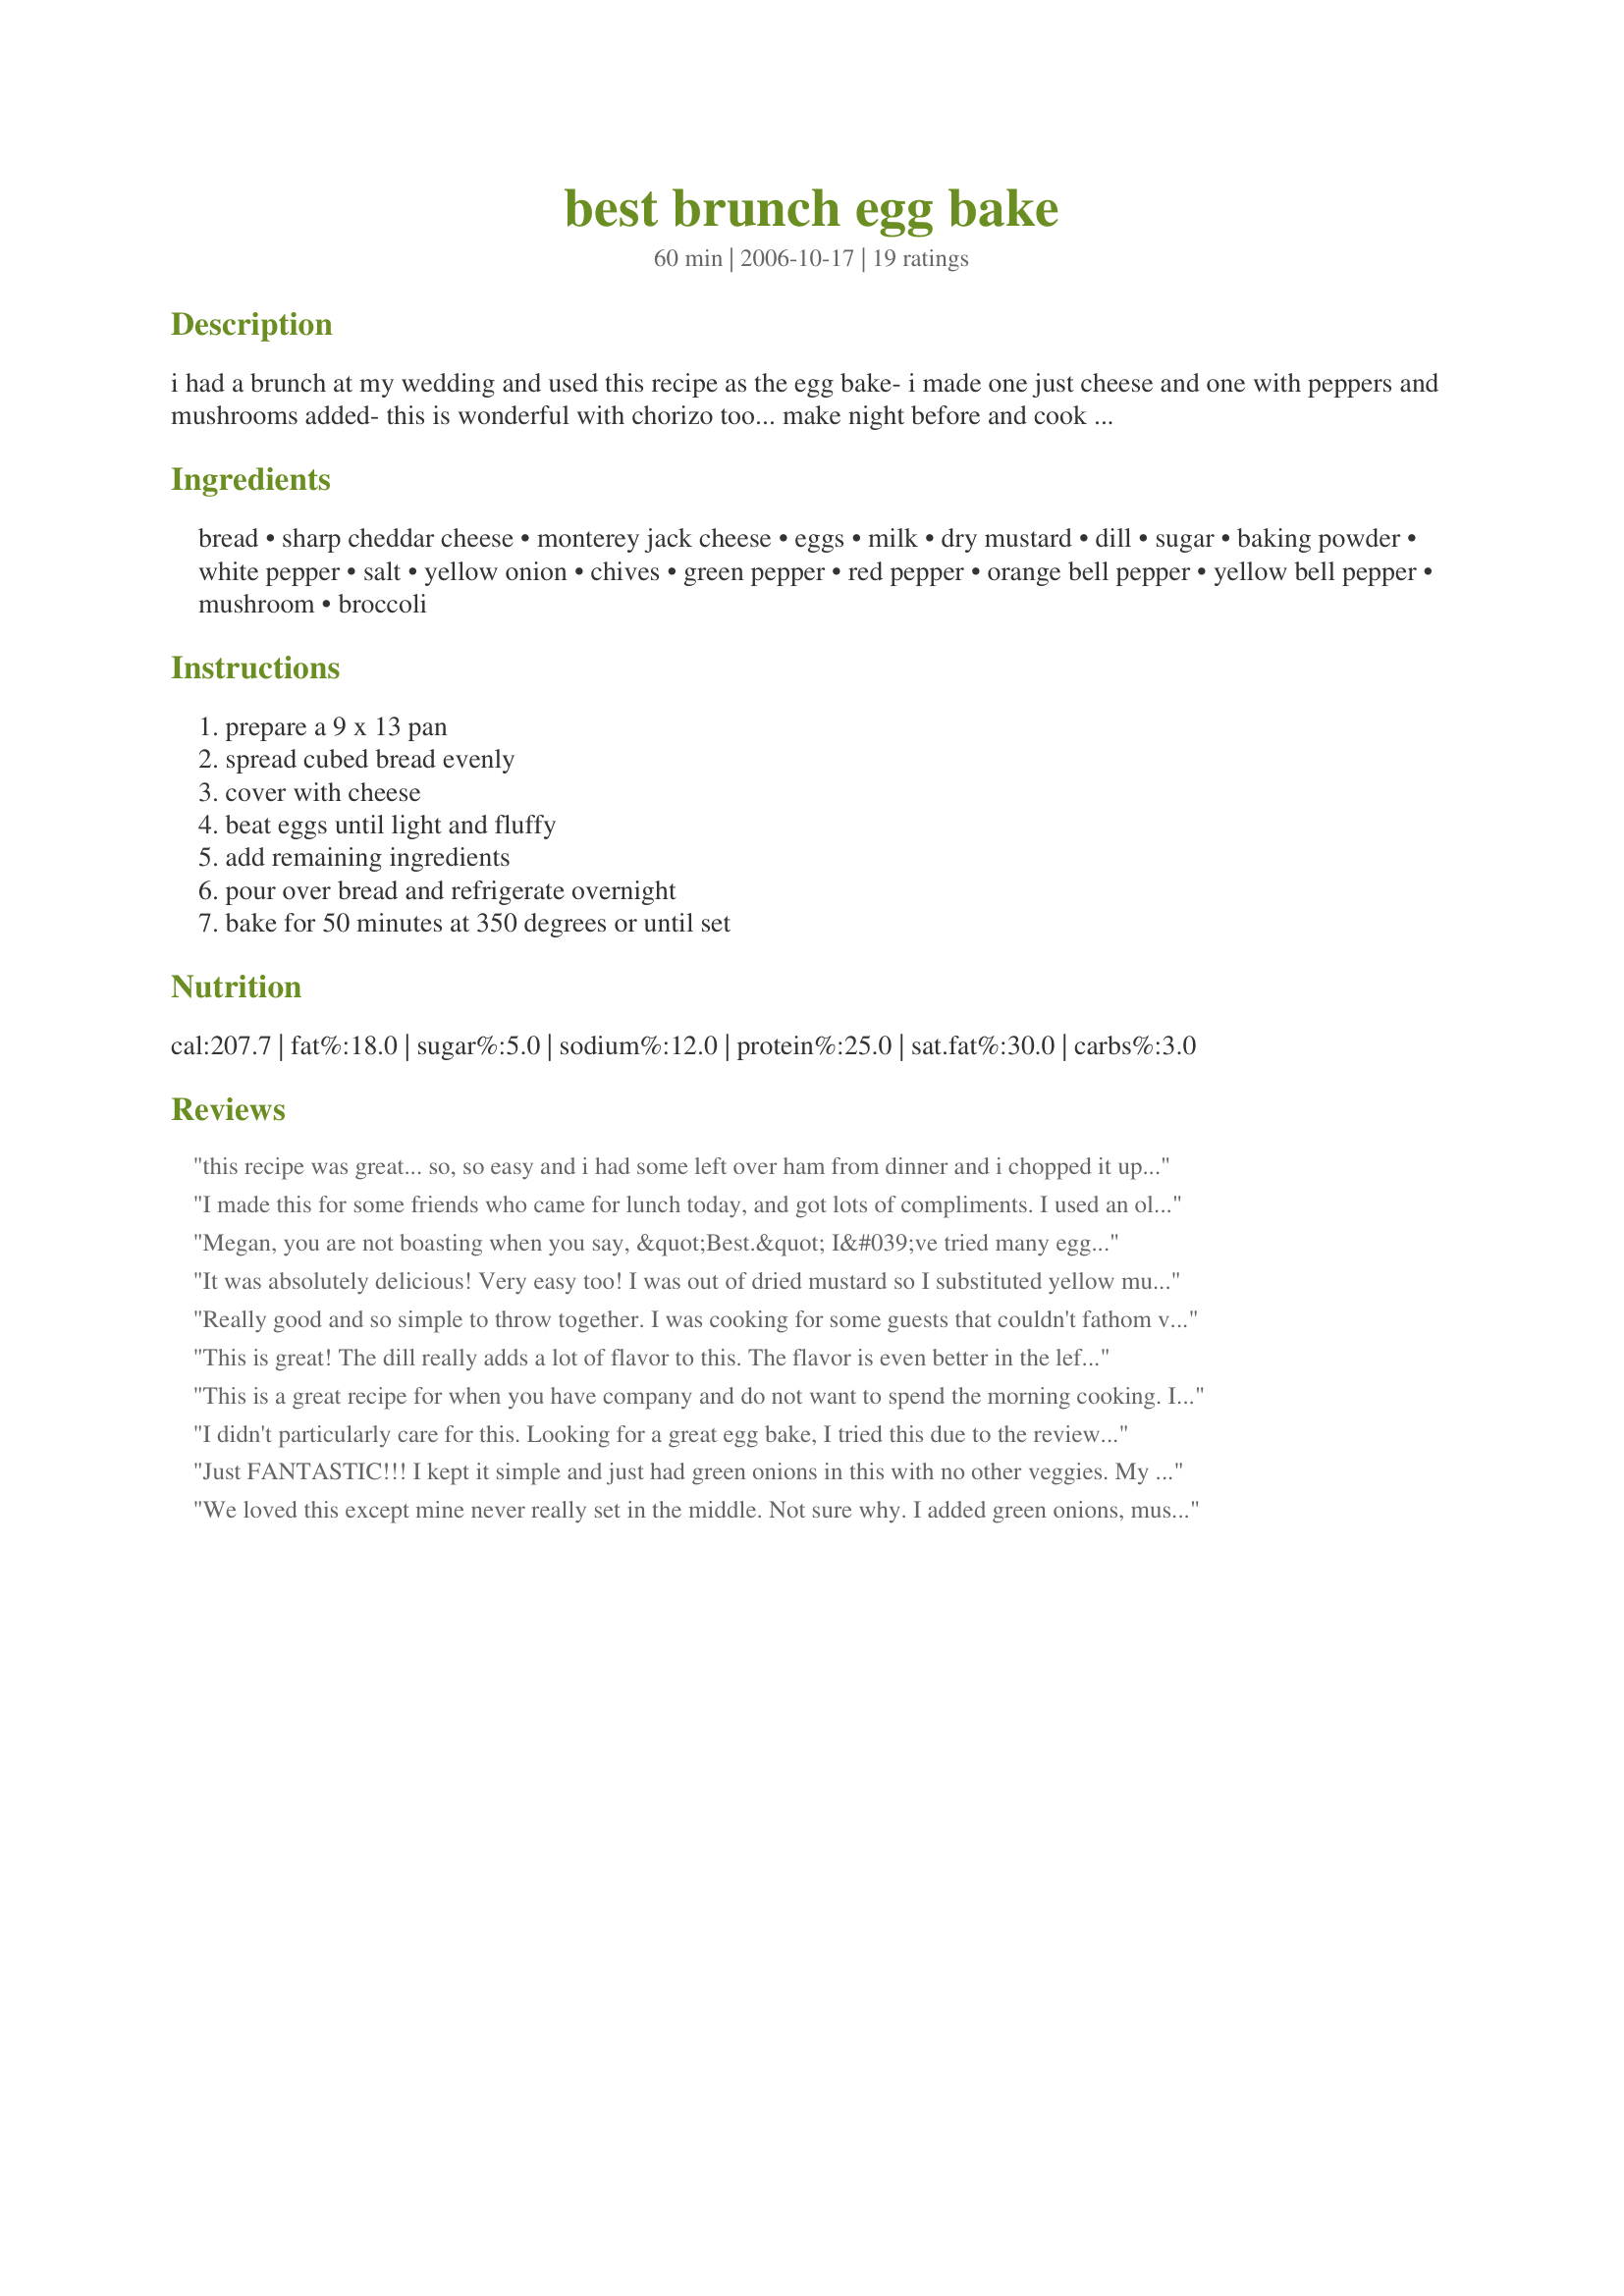
best brunch egg bake
Preparation time: 60 minutes

i had a brunch at my wedding and used this recipe as the egg bake- i made one just cheese and one with peppers and mushrooms added- this is wonderful with chorizo too... make night before and cook next day to make it really easy.... :) hope you enjoy- it sure got rave reviews at my wedding!

Ingredients:
bread, sharp cheddar cheese, monterey jack cheese, eggs, milk, dry mustard, dill, sugar, baking powder, white pepper, salt, yellow onion, chives, green pepper, red pepper, orange bell pepper, yellow bell pepper, mushroom, broccoli

Steps:
prepare a 9 x 13 pan, spread cubed bread evenly, cover with cheese, beat eggs until light and fluffy, add remaining ingredients, pour over bread and refrigerate overnight, bake for 50 minutes at 350 degrees or until set

Reviews:
this recipe was great... so, so easy and i had some left over ham from dinner and i chopped it up and threw that in and it was great... i would make this again for a brunch in a heart beat...
I made this for some friends who came for lunch today, and got lots of compliments. I used an older loaf of a crusty sourdough bread that I left out on the counter for a few days. Then, I chopped up a package of turkey bacon, cooked it, and sprinkled it on top of the bread. In the same pan I had cooked the bacon in, I added a little bit of oil and browned half of an onion and a 2 cloves of garlic and sprinkled them on top of the bacon. I topped that with 1 c. cheddar and 1 c. swiss. I also didn't have 2 tsp. of dill so, I only used one, but added 1 tsp. of a 15 ingedient blend no salt mix. I didn't try this...wish I could have...but from the look, the smell, and the compliments, I think I will keep this as my stand by egg bake from now on! P.S. For a tasty treat try ham and chopped asparagus, or roasted red pepper, artichoke heart, spinanch, and goat cheese!
Megan, you are not boasting when you say, &quot;Best.&quot; I&#039;ve tried many egg bakes and this one tops them all; without reservation I call this the best ever. I&#039;m not a fan of dill in anything but pickles, but this works. Albeit, the shining characteristic of your dish is texture and I would submit that any seasoning or ingredient combinations befitting the preparer&#039;s tastebuds would be complimented by the strength of this recipe. This is a keeper and will replace all previous efforts I&#039;ve found as they sink to the level of mediocrity in comparison. Thank you for posting.
It was absolutely delicious! Very easy too! I was out of dried mustard so I substituted yellow mustard and it was still very, very yummy. I also added some browned pork sausage and used texas toast. We are having our baby this week so I&#039;m going to freeze the extra I made for when family comes to visit our newborn and I know they are going to love it. Thank You From a Very Pregnant Mamma!
Really good and so simple to throw together. I was cooking for some guests that couldn't fathom veggies for breakfast so I made a plain version with just chives sprinkled on top. Was suberb in it's simplicity, but I personally will load it up with veggies next time. Thanks for posting!!!
This is great! The dill really adds a lot of flavor to this. The flavor is even better in the leftovers. Thanks.
This is a great recipe for when you have company and do not want to spend the morning cooking. It tastes great and I have found that using speciaty breads makes it even better. I love the fact that you can alter it with what people like and it turns out great each time.
I didn't particularly care for this. Looking for a great egg bake, I tried this due to the reviews. I did not like the flavor and my bread got too dark in the bottom of the pan after 40 minutes in the oven. I would not make this one again.
Just FANTASTIC!!! I kept it simple and just had green onions in this with no other veggies. My daughter's 18th birthday brunch would not have been the same without this dish...everyone RAVED about how delicious it was. I will be making this regularly for Sunday brunch. Next time I'll try the optional veggies as well. Thanks, Megan, for an outstanding recipe. Sorry, no photos this time as it was a hectic morning to feed 15 folks but will add one later. It was beautiful.
We loved this except mine never really set in the middle. Not sure why. I added green onions, mushrooms and just a little sausage. i loved the addition of the dill. I used french bread instead of regular bread. Maybe it was too dense and that caused the setting issue. I will try it again. Thanks for posting!
this is excellent! I made it for my church brunch and it got many compliments!!! I added italian sausage and chopped up turkey bacon for extra treats :) along with mushrooms, red and orange pepper, fresh cilantro and rosemary.
very tasty dish!!
This was a hit when I brought it to work for our Friday staff breakfast. I used fresh dill, broccoli, and green pepper. I'm going to try it using egg whites; if it works I'll have a new healthy favorite.
I had a ton of fresh eggs on hand so I decided to try this out and take it to work. What a great, versatile recipe! My dish is larger than 9x13 so I added 5 more eggs and 1c. milk and it came out great! I used cheddar and mozzarella, mushrooms, and chives. Thanks Megan!
I used chewy homemade sourdough bread. I'm sure I used more than the equivalent of 8 slices. To compensate, I tossed in 2 more eggs. I was still worried that the bread had absorbed all the liquid and it would come out as milk-toast. I shouldn't have worried. It turned into a perfect egg-bake. It all melds together, even with serious bread like mine. I don't think my guests even noticed there was bread in their eggs, but the bread layer makes it fluffier and lowers the fat content when compared to egg bakes that are mostly egg and cheese. Another plus for this recipe: Good opportunity to empty your veggie bin.
Made this for company we had staying over night and it was a huge success. Thanks Megan for a great do-ahead brealfast. I choose to use ALL the extra options as we love them all and it was wonderful and filling. The bread on the bottom gave a really nice texture to it. I did spread a little of the extra cheese on top just to use it up. All the flavors blended so nicely and the ability to make it up the night before gave me time to sit and visit with the company before the meal and they left so that was a real plus in my book. Served this with hot coffee and recipe#95314 and they all thought I'd been up preparing from early in the morning. This does make a LOT so be prepared for that - I divided the left overs into single servings and froze them for a quick meal when needed.
Excellent recipe. Added the chorizo, and mushrooms. Just wish I had made more. Next time I will double the recipe. I can always freeze it!
Made this with gluten free bread, peppers, onions, and spinach. Delicious! Not to mention incredibly easy to feed a crowd.
I tested this recipe today to see if I wanted to make it for my husband's employee Christmas brunch. I will certainly be making it, as it is fabulous! It's such a great winter comfort food! It makes a lot, so it is going to be perfect for having to feed so many people. I will actually make 2. I will make one with veggies and another with veggies plus turkey bacon or sausage. Thanks Megan! I'm so excited to have such a delicious make-ahead brunch recipe. Happy Holidays and best of luck with your mini cupcakes :)
This is our favorite egg bake now! We served it this morning and everyone loved it! I stuck with the recipe as given, however I fried 14 oz of andouille sausage to include as well. I also reserved 1-2 Tbl of sausage grease and saut&eacute;ed the orange pepper until skins were slightly charred! It added a wonderful flavor! So, I won&#039;t even look for another recipe. This was the best!
